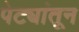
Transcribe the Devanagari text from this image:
पेट्यांतून